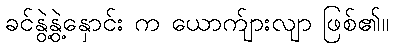
ခင်နွဲ့နွဲ့နှောင်း က ယောက်ျားလျာ ဖြစ်၏။